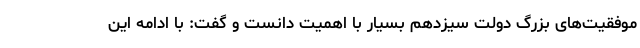
موفقیت‌های بزرگ دولت سیزدهم بسیار با اهمیت دانست و گفت: با ادامه این